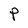
Character: P